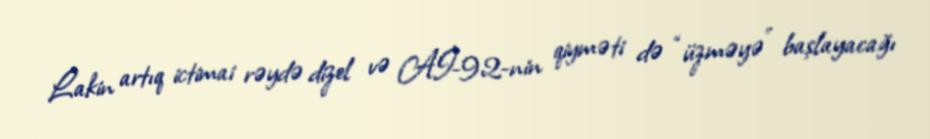
Lakin artıq ictimai rəydə dizel və Aİ-92-nin qiyməti də “üzməyə” başlayacağı